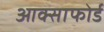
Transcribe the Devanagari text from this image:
आक्साफोर्ड